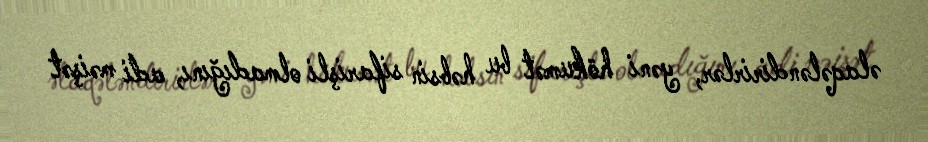
əlaqələndirirlər, yəni hökumət bu həbsin sifarişli olmadığını, adi məişət